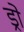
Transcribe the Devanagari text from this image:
ड्रो